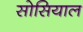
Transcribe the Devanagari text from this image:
सोसियाल